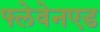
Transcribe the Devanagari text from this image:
फ्लेवेनएड